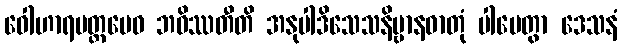
ဝေါဟာရမတ္တမေဝ ဘဝိဿတီတိ အနုပါဒိသေသနိဗ္ဗာနဓာတုံ ပါပေတွာ ဒေသနံ